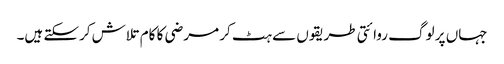
جہاں پر لوگ روائتی طریقوں سے ہٹ کر مرضی کا کام تلاش کرسکتے ہیں۔